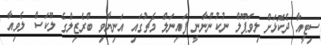
ސިޓީއާ ދެކޮޅަށް ލިވަޕޫލް ނުކުންނާނީ ފައިނަލް މެޗުގައި އަނިޔާވި ބްރެޒިލްގެ ލޫކަސް ލެވިއާ